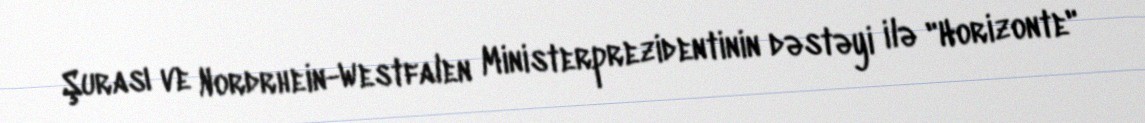
Şurası ve Nordrhein-Westfalen Ministerprezidentinin dəstəyi ilə "Horizonte"